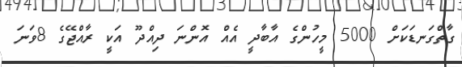
ގާތްގަނޑަަކަށް 5000 މީހުންގެ އާބާދީ އެއް އޮންނަ ދިއްދޫ އަކީ ރާއްޖޭގެ 8ވަނަ